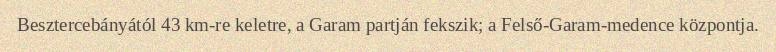
Besztercebányától 43 km-re keletre, a Garam partján fekszik; a Felső-Garam-medence központja.